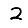
Digit: 2